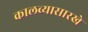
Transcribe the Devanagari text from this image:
कालव्यासारखे